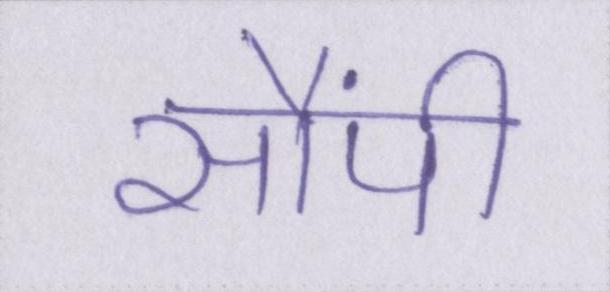
सौंपी